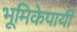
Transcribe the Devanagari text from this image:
भूमिकेपायी